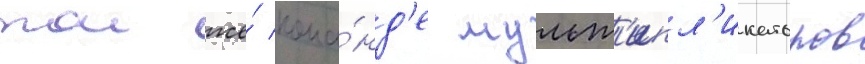
тои же́ кома́нд'е мульт'ипл'икаторов